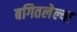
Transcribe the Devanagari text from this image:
बगितलेल्या